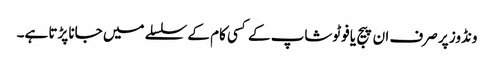
ونڈوز پر صرف ان پیج یا فوٹوشاپ کے کسی کام کے سلسلے میں جانا پڑتا ہے۔